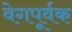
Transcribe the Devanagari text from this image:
वेगपूर्वक